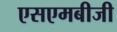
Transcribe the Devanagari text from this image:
एसएमबीजी